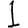
Digit: 1